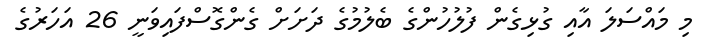
މި މައްސަލަ އާއި ގުޅިގެން ފުލުހުންގެ ބެލުމުގެ ދަށަށް ގެންގޮސްފައިވަނީ 26 އަހަރުގެ